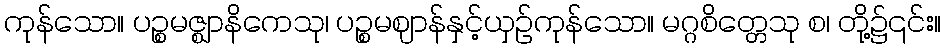
ကုန်သော။ ပဉ္စမဇ္ဈာနိကေသု၊ ပဉ္စမဈာန်နှင့်ယှဉ်ကုန်သော။ မဂ္ဂစိတ္တေသု စ၊ တို့၌၎င်း။